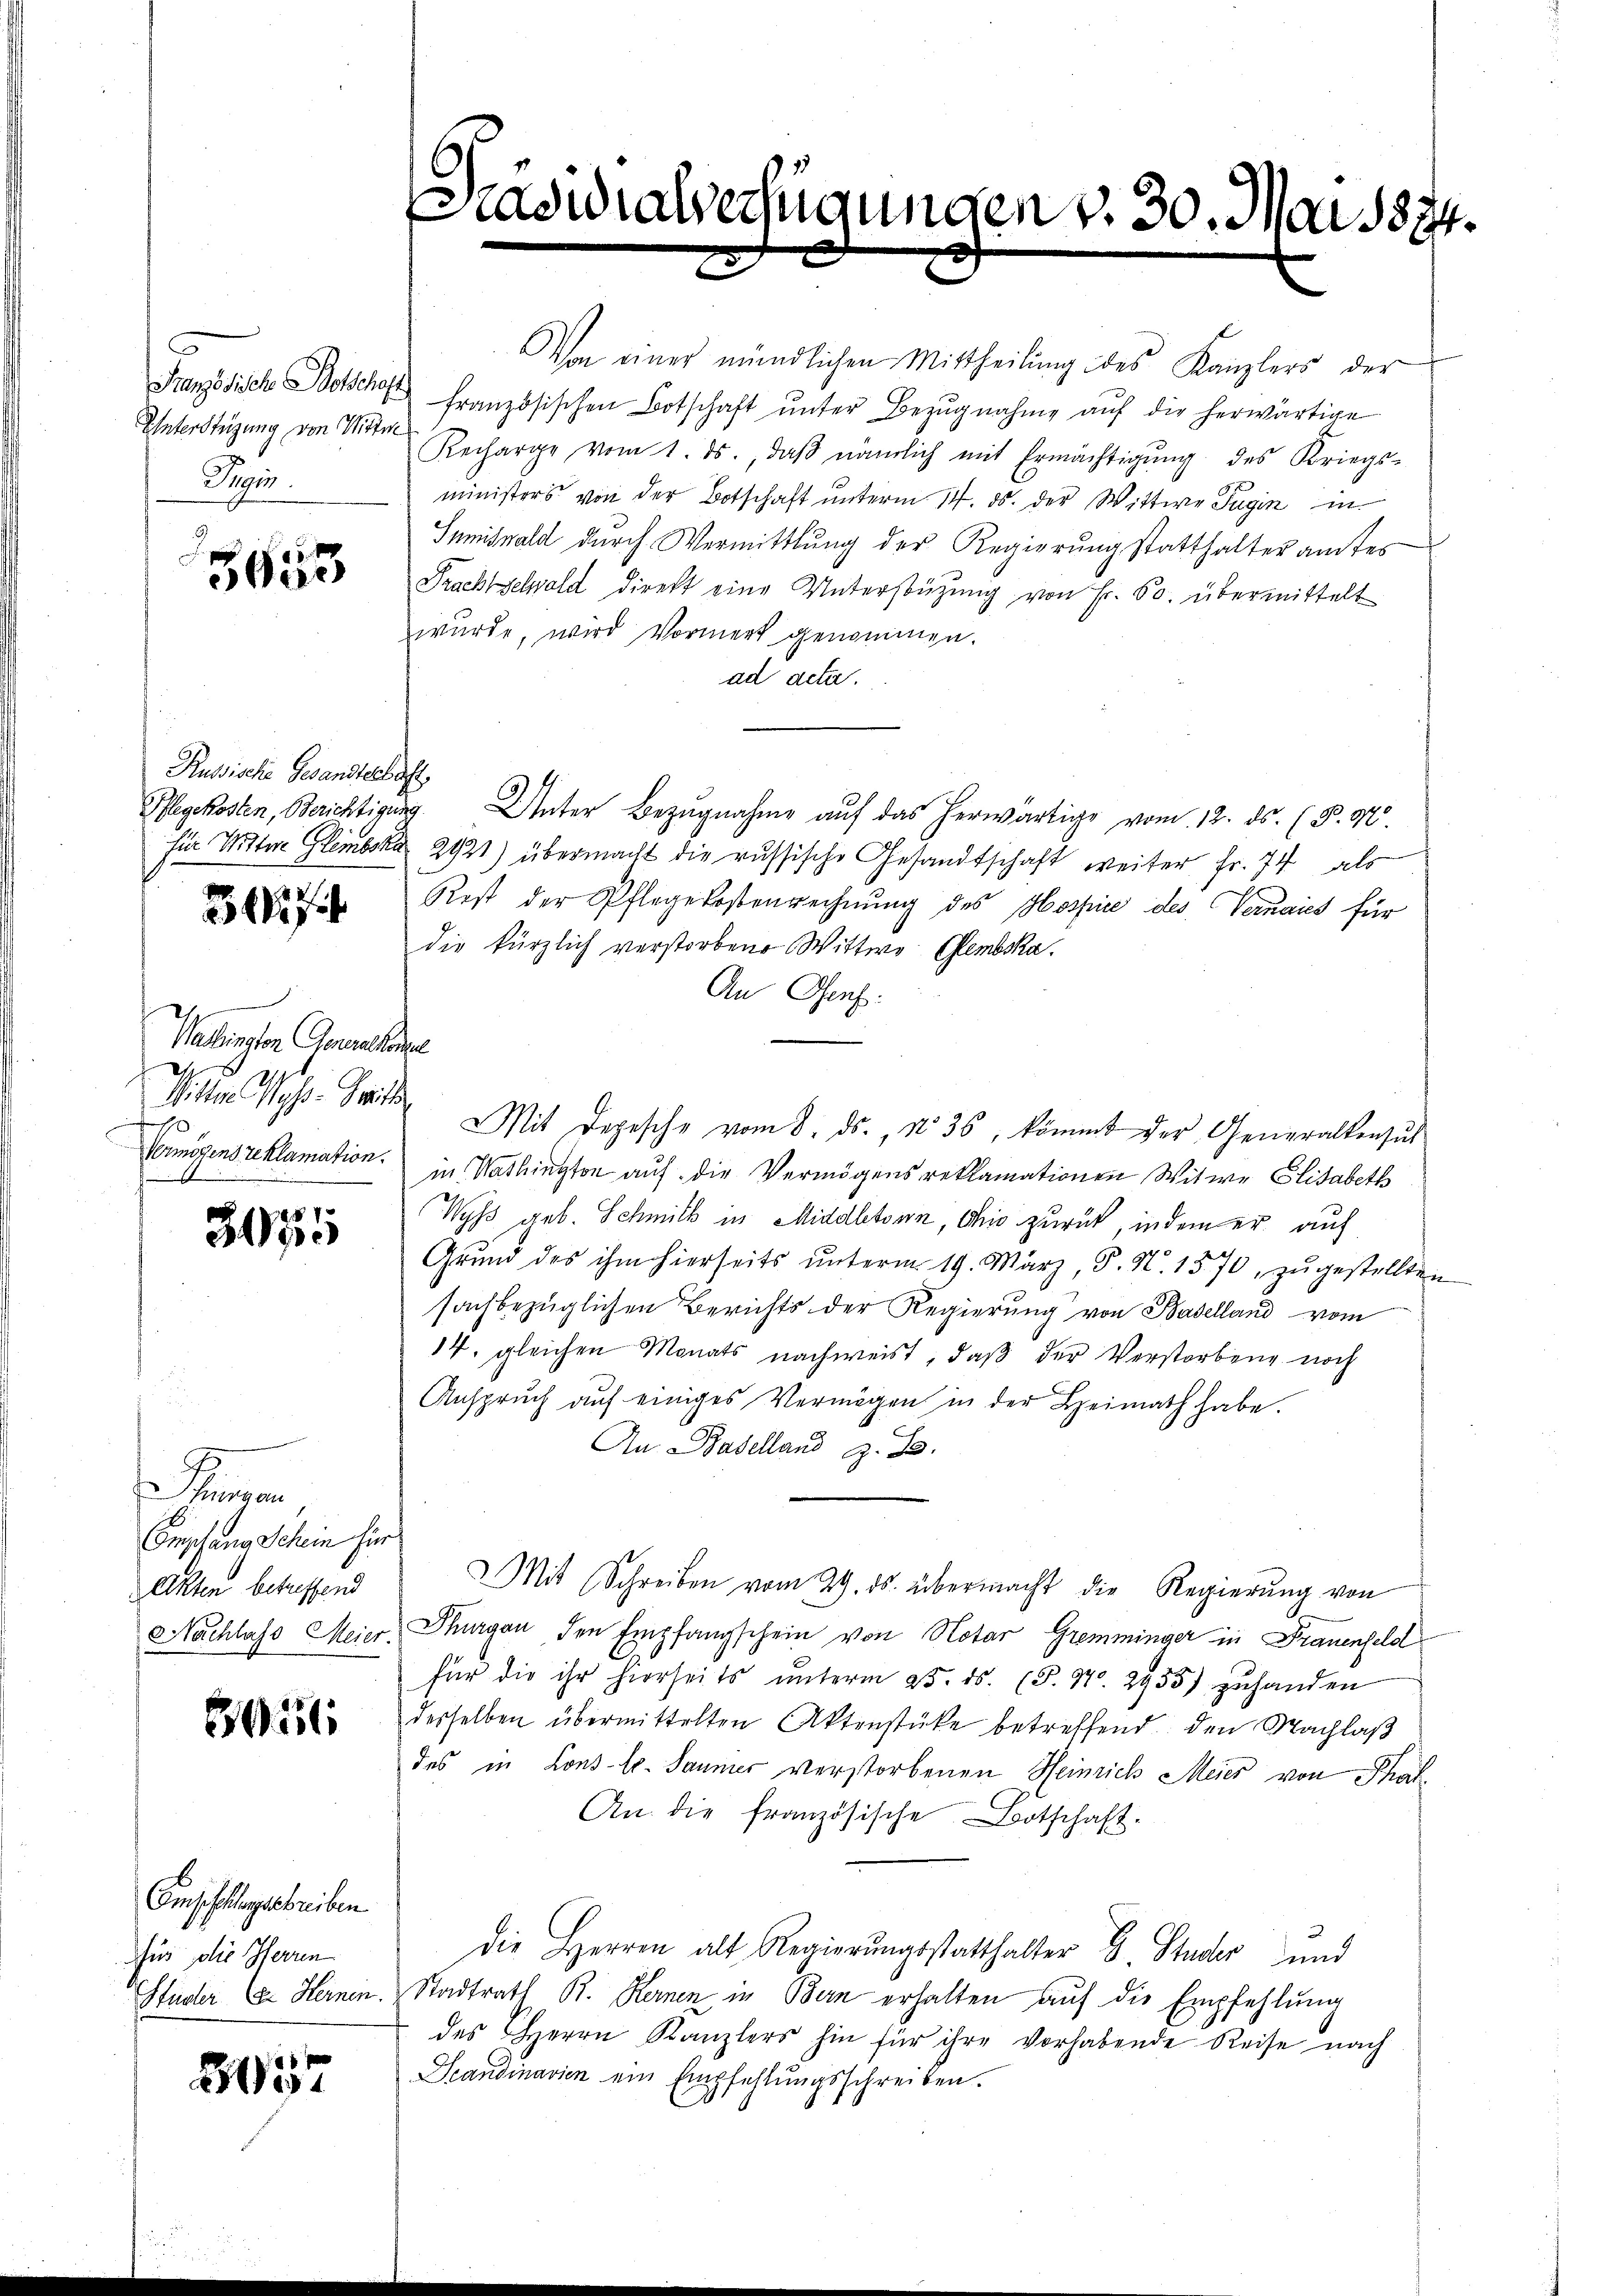
F
Unterstüzung von Wittwe
Pepi.

3653

Russische Gesandterhaft,

37

Wallington Gerechnee
Sitten Wasse Tritte
Vermögens reklamation.

3075

Primar
Empfang Schein für
Akten betreffend

ili

Emsiflungsschreiben
fus die Herren
Hudler (er Hernen.

31357

Präsidialverfügungen v. 30. Mai 1874.

Von einer mündlichen Mittheilung des Kanzlers der
Französisch Wechst französischen Botschaft ŭnter Bezŭgnahme aŭf die herwärtige
Recharge vom 1. ds., daβ nämlich mit Ermächtigŭng des Kriegs-
ministers von der Botschaft unterm 14. ds. der Wittwe Tugin in
Sumiswald durch Vermittlung der Regierung statthalteramtes
Prachtschwald direkt eine Unterstützŭng von Fr. 60. übermittelt
wurde, wird Vormerk genommen.
ad acta.
Pflegekosten, Berichtigung. Unter Bezugnahme auf das herwärtige vom 12. ds. (P. Nr.
für Wittwe Glembke 2921) übermacht die russische Gesandtschaft weiter Fr. 74 als
Rost der Pflegekostenrechnŭng des Hospice des Vernaies für
die kürzlich verstorbene Wittwe Glembska.
An Genf.
Mit Depesche vom 8. ds., No 36, kömmt der Generalkensŭt
in Washington auf die Vermögens reklamationen Witwe Elisabeth
Wyss geb. Schmitt in Middltsein, Ohio zurück, indem er auf
Grund des ihm hierseits ŭnterm 19. März, P. N. 1570, zŭgestellten
sachbezüglichen Berichts der Regierung von Baselland vom
14. gleichen Monats nachweist, daß der Verstorbene noch
Ansprŭch auf einiges Vermögen in der Heimath habe.
An Baselland z. B.
Mit Schreiben vom 29. ds. übermacht die Regierŭng von
Nachlass Meier, Thurgau den Empfangschein von Notar Gremminger in Frauenfeld
für die ihr hierseits ŭnterm 25. ds. (T. 47. 2935) zuhanden
desselben übermittelten Aktenstücke betreffend den Nachlaß
des in Lons-G. Saumer verstorbenen Heinrich Meier von That¬
An die französische Botschaft.
die Herren alt Regierŭngsstatthalter G. Studer und
Stadtrath B. Reinen in Bern erhalten auf die Empfehlung
des Herrn Kanzlers hin für ihre vorhabende Reise nach
Scandinarien ein Empfehlungsschreiben.